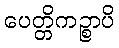
ပေတ္တိကဉ္စာပိ